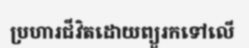
ប្រហារជីវិតដោយព្យួរកទៅលើ